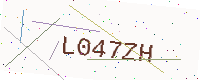
Text: L047ZH